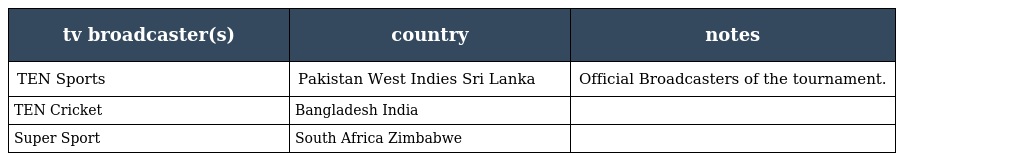
| tv broadcaster(s) | country | notes |
 | --- | --- | --- |
 | TEN Sports | Pakistan West Indies Sri Lanka | Official Broadcasters of the tournament. |
 | TEN Cricket | Bangladesh India |  |
 | Super Sport | South Africa Zimbabwe |  |